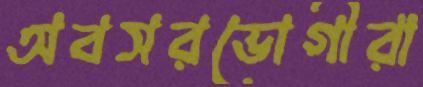
অবসরভোগীরা